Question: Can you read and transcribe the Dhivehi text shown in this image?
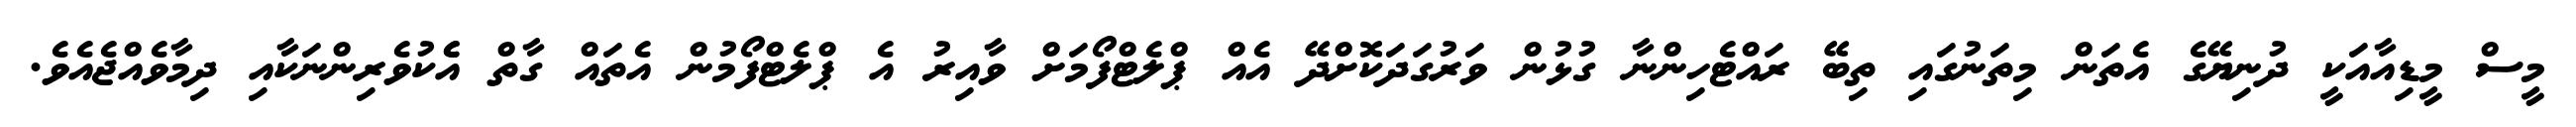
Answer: މީސް މީޑިއާއަކީ ދުނިޔޭގެ އެތަން މިތަނުގައި ތިބޭ ރައްޓެހިންނާ ގުޅުން ވަރުގަދަކޮށްދޭ އެއް ޕްލެޓްފޯމަށް ވާއިރު އެ ޕްލެޓްފޯމުން އެތައް ގާތް އެެކުވެރިންނަކާއި ދިމާވެއްޖެއެވެ.